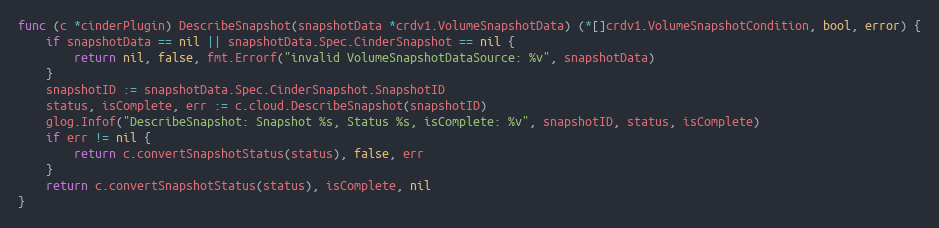
Language: Go
func (c *cinderPlugin) DescribeSnapshot(snapshotData *crdv1.VolumeSnapshotData) (*[]crdv1.VolumeSnapshotCondition, bool, error) {
	if snapshotData == nil || snapshotData.Spec.CinderSnapshot == nil {
		return nil, false, fmt.Errorf("invalid VolumeSnapshotDataSource: %v", snapshotData)
	}
	snapshotID := snapshotData.Spec.CinderSnapshot.SnapshotID
	status, isComplete, err := c.cloud.DescribeSnapshot(snapshotID)
	glog.Infof("DescribeSnapshot: Snapshot %s, Status %s, isComplete: %v", snapshotID, status, isComplete)
	if err != nil {
		return c.convertSnapshotStatus(status), false, err
	}
	return c.convertSnapshotStatus(status), isComplete, nil
}